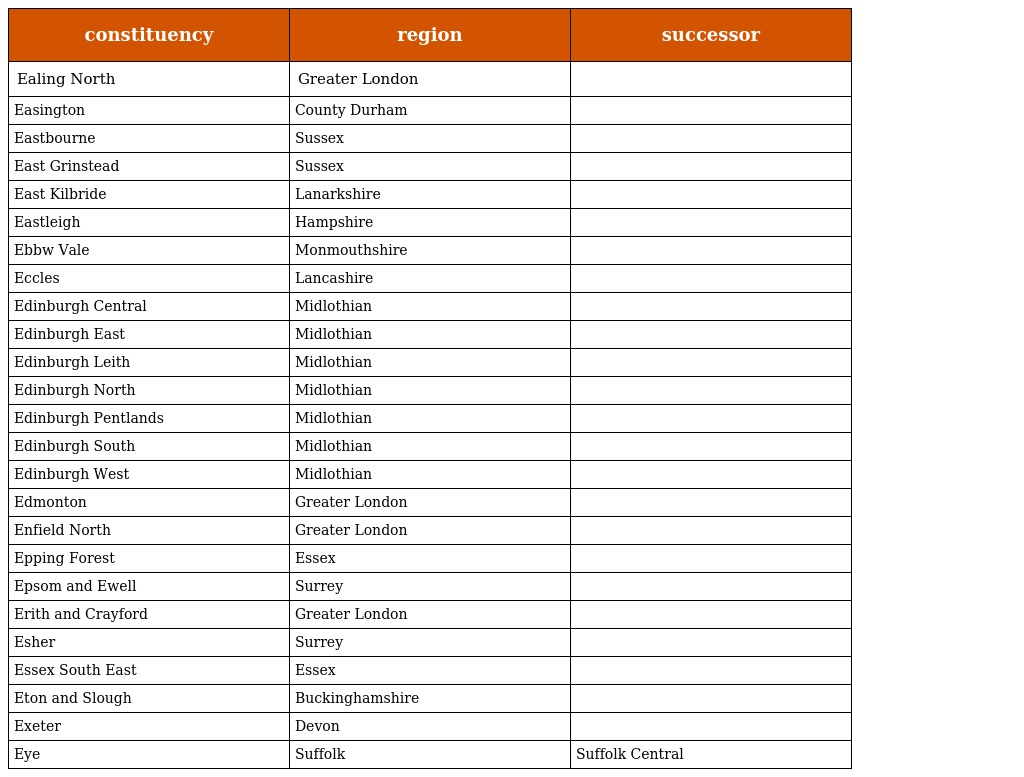
| constituency | region | successor |
 | --- | --- | --- |
 | Ealing North | Greater London |  |
 | Easington | County Durham |  |
 | Eastbourne | Sussex |  |
 | East Grinstead | Sussex |  |
 | East Kilbride | Lanarkshire |  |
 | Eastleigh | Hampshire |  |
 | Ebbw Vale | Monmouthshire |  |
 | Eccles | Lancashire |  |
 | Edinburgh Central | Midlothian |  |
 | Edinburgh East | Midlothian |  |
 | Edinburgh Leith | Midlothian |  |
 | Edinburgh North | Midlothian |  |
 | Edinburgh Pentlands | Midlothian |  |
 | Edinburgh South | Midlothian |  |
 | Edinburgh West | Midlothian |  |
 | Edmonton | Greater London |  |
 | Enfield North | Greater London |  |
 | Epping Forest | Essex |  |
 | Epsom and Ewell | Surrey |  |
 | Erith and Crayford | Greater London |  |
 | Esher | Surrey |  |
 | Essex South East | Essex |  |
 | Eton and Slough | Buckinghamshire |  |
 | Exeter | Devon |  |
 | Eye | Suffolk | Suffolk Central |